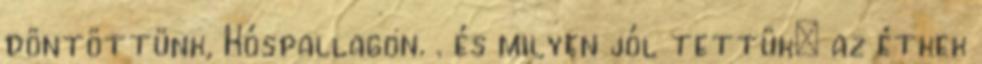
döntöttünk, Kóspallagon. . és milyen jól tettük: az étkek